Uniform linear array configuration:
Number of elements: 24
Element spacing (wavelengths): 0.5
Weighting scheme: hamming
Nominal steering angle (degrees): -60
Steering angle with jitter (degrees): -61.937
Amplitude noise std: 0.05
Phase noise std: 0.05

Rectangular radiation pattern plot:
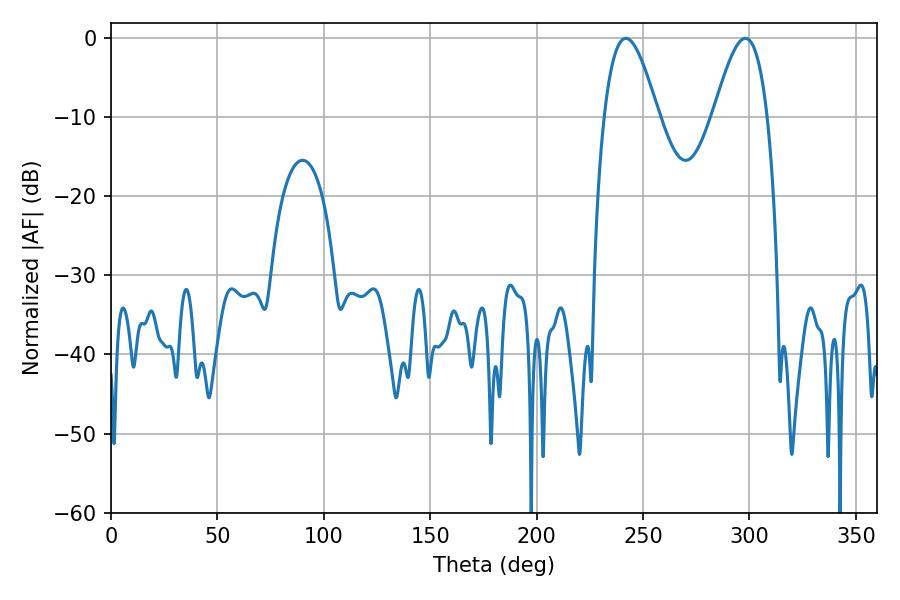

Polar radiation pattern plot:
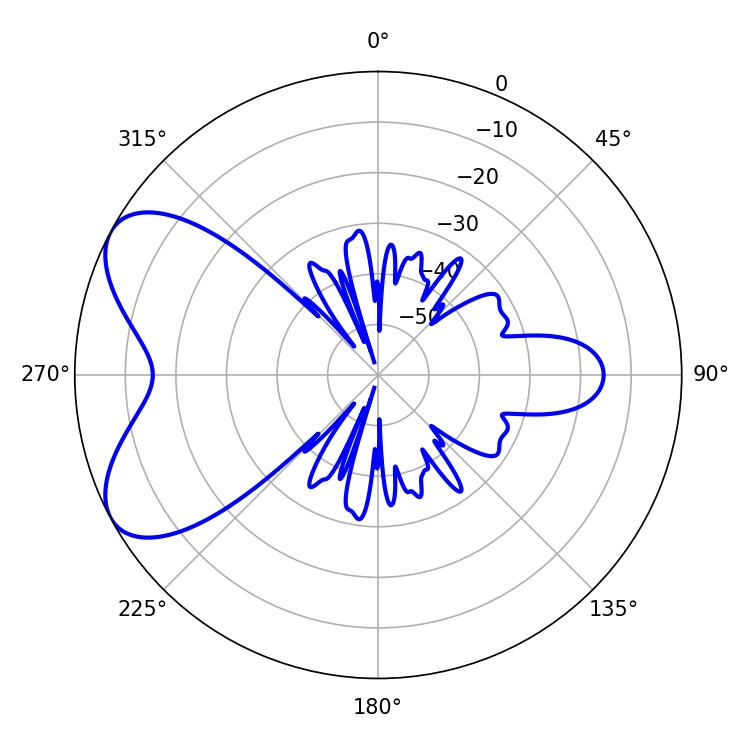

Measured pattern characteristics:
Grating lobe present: FALSE
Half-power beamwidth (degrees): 13.68
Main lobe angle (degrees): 241.92